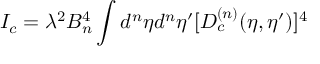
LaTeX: I _ { c } = \lambda ^ { 2 } B _ { n } ^ { 4 } \int d ^ { n } { \eta } d ^ { n } { \eta ^ { \prime } } [ D _ { c } ^ { ( n ) } ( \eta , { \eta } ^ { \prime } ) ] ^ { 4 }